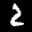
Label: 2